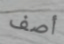
أصف